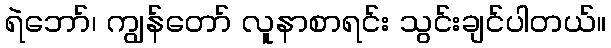
ရဲဘော်၊ ကျွန်တော် လူနာစာရင်း သွင်းချင်ပါတယ်။